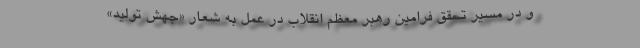
و در مسیر تحقق فرامین رهبر معظم انقلاب در عمل به شعار «جهش تولید»